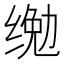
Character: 𱺨